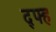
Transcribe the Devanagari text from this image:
द्फ्ह